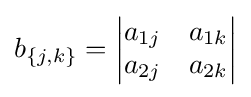
b_{\{j,k\}}={\begin{vmatrix}a_{1j}&a_{1k}\\a_{2j}&a_{2k}\end{vmatrix}}